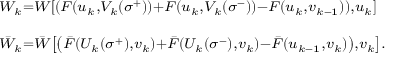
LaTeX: \begin{array} { l } { { ^ { W _ { k } = W \left[ \left( F ( u _ { k } , V _ { k } ( \sigma ^ { + } ) ) + F ( u _ { k } , V _ { k } ( \sigma ^ { - } ) ) - F ( u _ { k } , v _ { k - 1 } ) \right) , u _ { k } \right] } } } \\ { { _ { \bar { W } _ { k } = \bar { W } \left[ \left( \bar { F } ( U _ { k } ( \sigma ^ { + } ) , v _ { k } ) + \bar { F } ( U _ { k } ( \sigma ^ { - } ) , v _ { k } ) - \bar { F } ( u _ { k - 1 } , v _ { k } ) \right) , v _ { k } \right] . } } } \end{array}